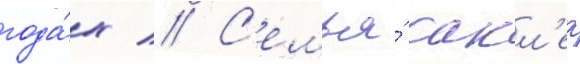
года́х // С'емья́ сакл'ер